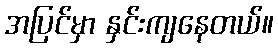
အပြင်မှာ နှင်းကျနေတယ်။